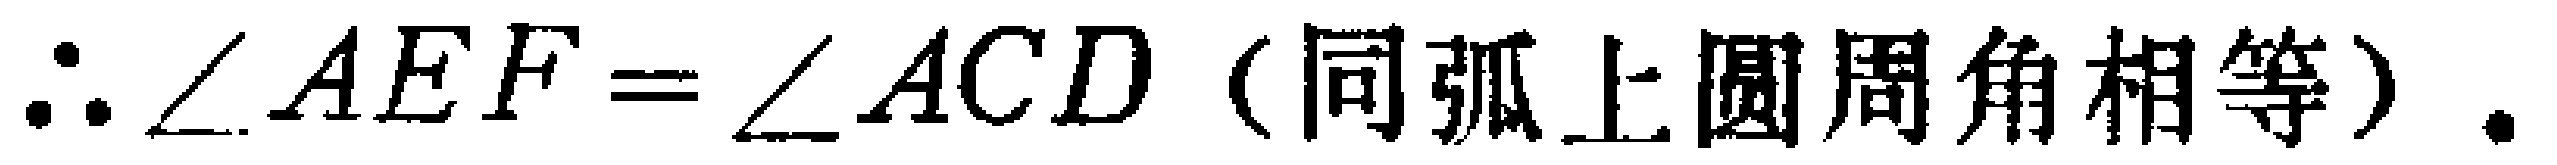
\(\therefore \angle AEF=\angle ACD\)（同弧上圆周角相等）.